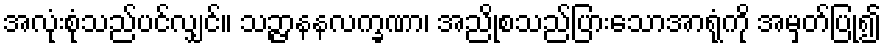
အလုံးစုံသည်ပင်လျှင်။ သဉ္ဇာနနလက္ခဏာ၊ အညိုစသည်ပြားသောအာရုံကို အမှတ်ပြု၍